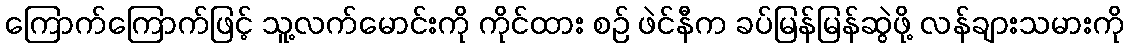
ကြောက်ကြောက်ဖြင့် သူ့လက်မောင်းကို ကိုင်ထား စဉ် ဖဲင်နီက ခပ်မြန်မြန်ဆွဲဖို့ လန်ချားသမားကို